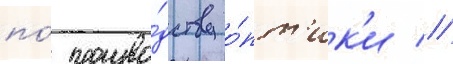
по́ произво́дству о́пт'ик'и //